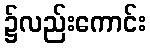
၌လည်းကောင်း